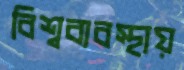
বিশ্বব্যবস্থায়